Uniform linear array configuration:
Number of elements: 4
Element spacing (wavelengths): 0.25
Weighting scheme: uniform
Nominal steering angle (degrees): -60
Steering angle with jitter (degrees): -59.458
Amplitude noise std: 0.05
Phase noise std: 0.05

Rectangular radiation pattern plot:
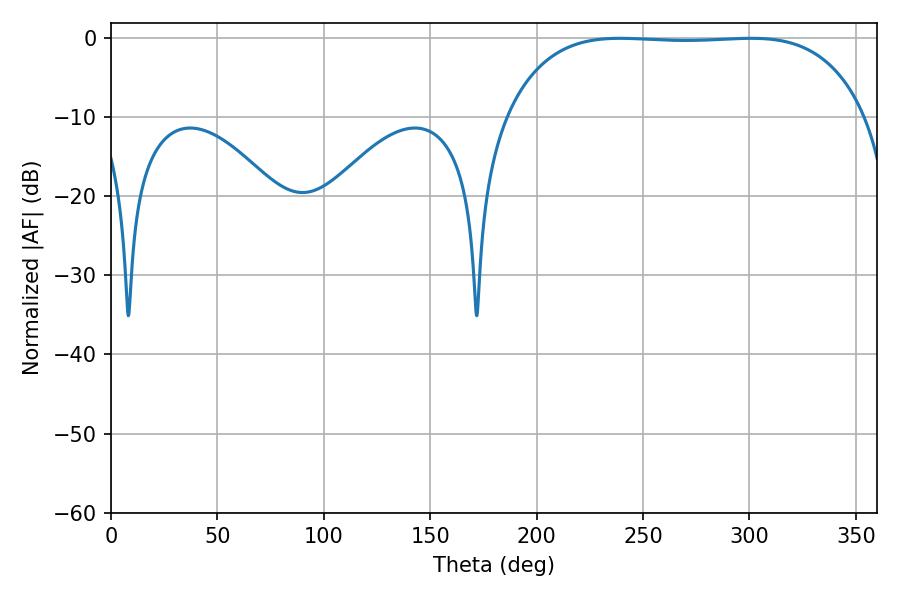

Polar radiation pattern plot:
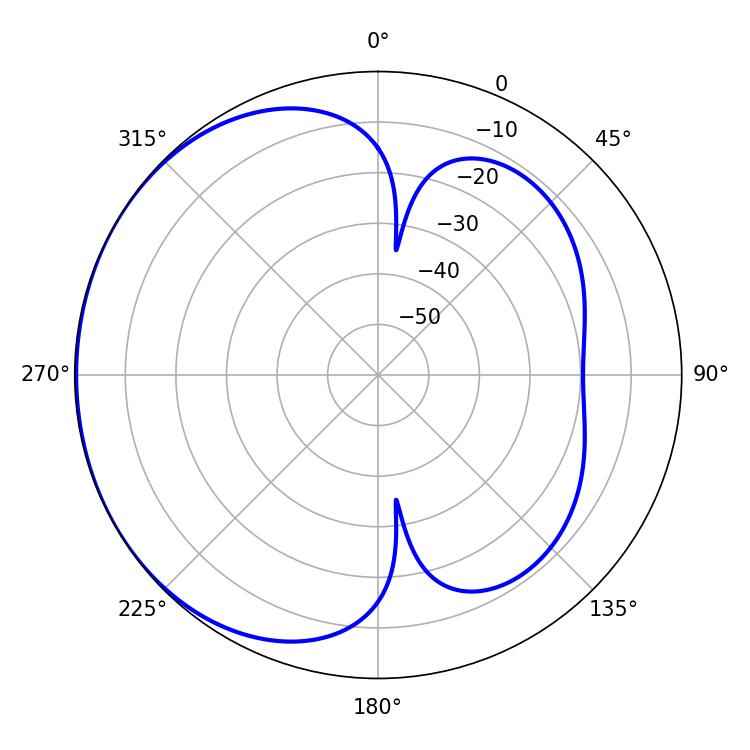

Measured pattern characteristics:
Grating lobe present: FALSE
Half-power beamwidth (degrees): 132.12
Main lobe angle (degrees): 239.22